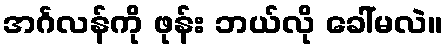
အင်္ဂလန်ကို ဖုန်း ဘယ်လို ခေါ်မလဲ။